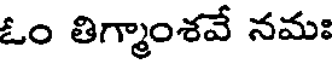
ఓం తిగ్మాంశవే నమః